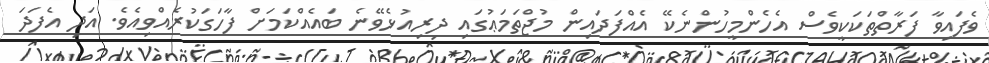
ވެފައިވާ ފަރާތްތަކަކީވެސް އެހެންމީހުންނެކޭ އެއްފަދައިން މުޖްތަމަޢުގައި ދިރިއުޅެވޭނެ ބައެއްކަމަށް ފާހަގަކުރެއްވިއެވެ. އަދި އެފަދަ